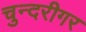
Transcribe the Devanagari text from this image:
चुन्दरीगर